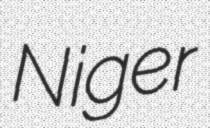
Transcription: Niger